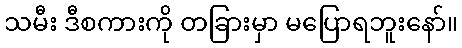
သမီး ဒီစကားကို တခြားမှာ မပြောရဘူးနော်။